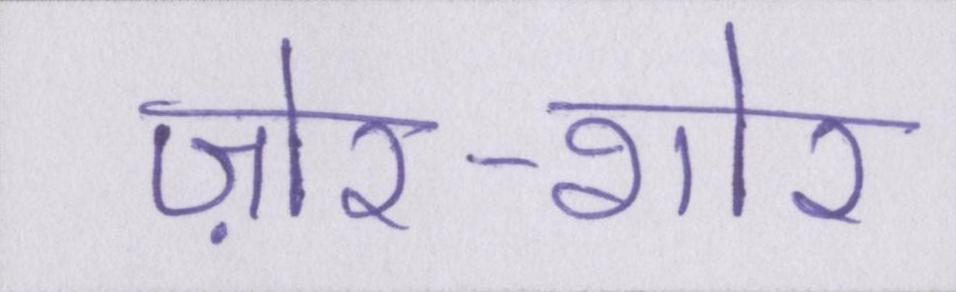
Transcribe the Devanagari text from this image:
ज़ोर-शोर